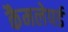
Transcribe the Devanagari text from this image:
कैमलेपर्ड